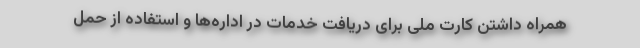
همراه داشتن کارت ملی برای دریافت خدمات در اداره‌ها و استفاده از حمل